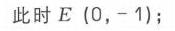
此时 \(E\ (0, - 1)\);